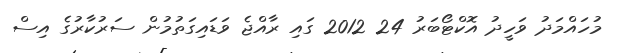
މުހައްމަދު ވަހީދު އޮކްޓޯބަރު 24 2012 ގައި ރާއްޖެ ވަޑައިގަތުމުން ސަރުކާރުގެ އިސް